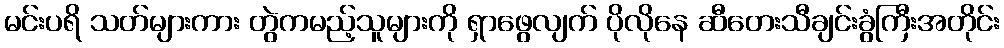
မင်းပရိ သတ်များကား တွဲကမည့်သူများကို ရှာဖွေလျက် ပိုလိုနေ ဆီတေးသီချင်းခွံကြီးအတိုင်း